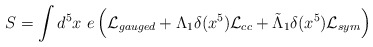
\begin{align*}S=\int d^5x~e\left({\cal L}_{gauged}+\Lambda_1\delta(x^5){\cal L}_{cc}+\tilde{\Lambda}_1\delta(x^5){\cal L}_{sym}\right)\end{align*}